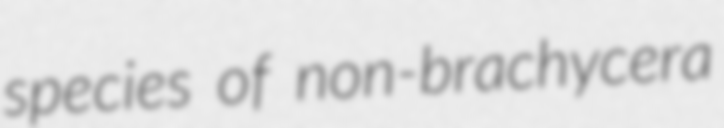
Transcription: species of non-brachycera